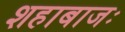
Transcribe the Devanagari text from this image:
शहाबाजः